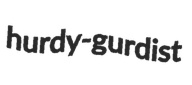
hurdy-gurdist